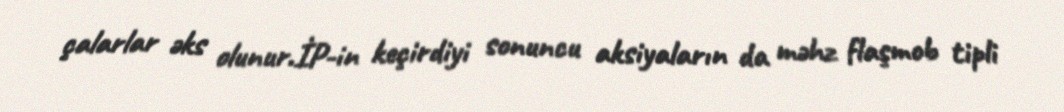
çalarlar əks olunur.İP-in keçirdiyi sonuncu aksiyaların da məhz flaşmob tipli